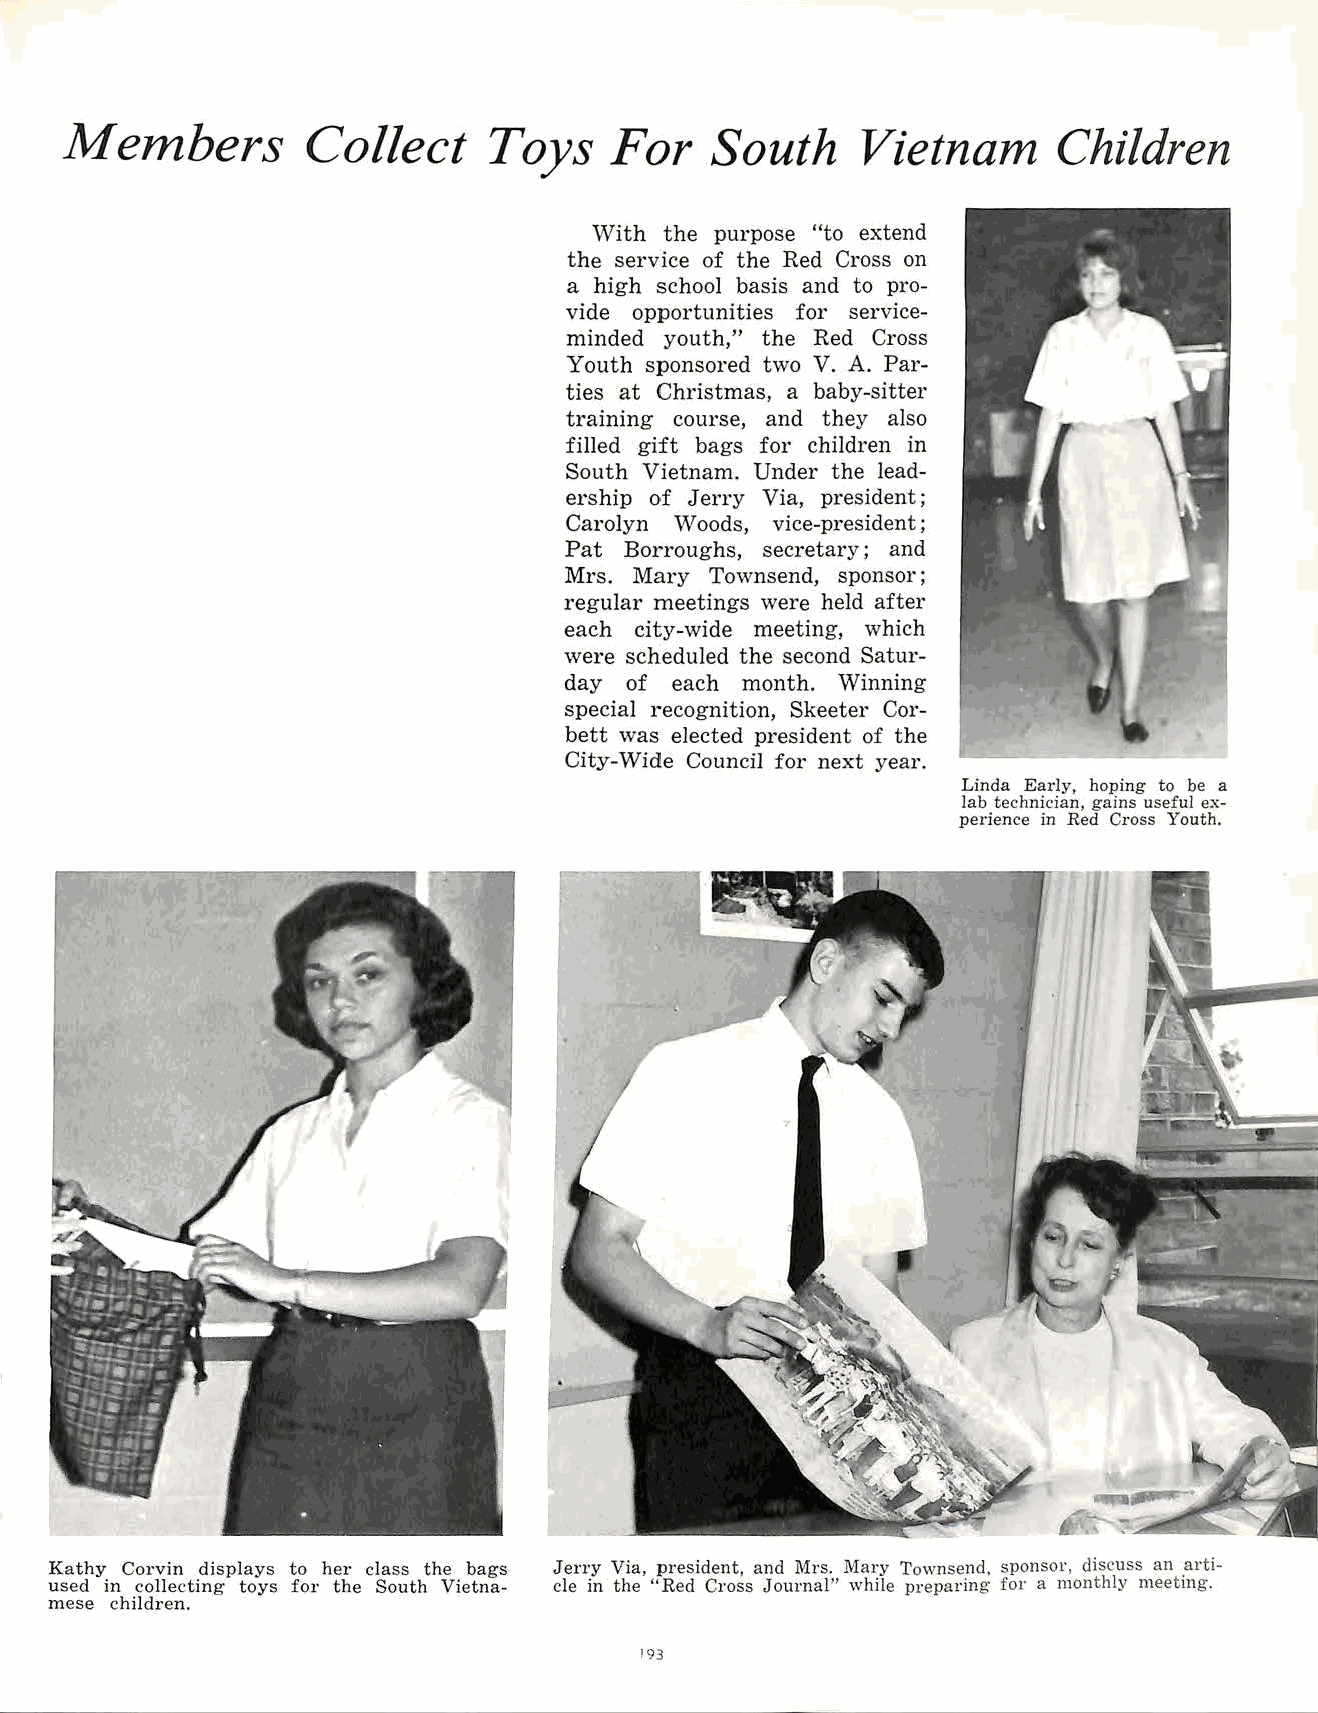
Members         Collect     Toys    For    South     Vietnam      Children
 ·with the purpose "to extend
 the service of the Red Cross on
 a high school basis and to pro
 vide opportunities for service
 minded youth," the Red Cross
 Youth sponsored two V. A. Par
 ties at Christmas, a baby-sitter
 training course, and they also
 filled gift bags for children in
 South Vietnam. Under the lead
 ership of Jerry Via, president;
 Carolyn Woods, vice-president;
 Pat Borroughs, secretary; and
 Mrs. Mary Townsend, sponsor;
 regular meetings were held after
 each city-wide meeting, which
 were scheduled the second Satur
 day of each month. Winning
 special recognition, Skeeter Cor
 bett was elected president of the
 City-Wide Council for next year.
 Linda Early, hoping to be a
 lab technician, gains useful ex
 perience in Red Cross Youth.
 Kathy Corvin displays to her class the bags Jerry Via, president, and Mrs . .Mary Townsend, sponsor, discuss an .arti
 used in collecting toys for the South Vietna cle in the "Red Cross Journal" while preparing for a monthly meetmg.
 mese children.
 193